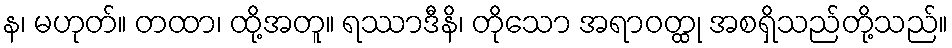
န၊ မဟုတ်။ တထာ၊ ထို့အတူ။ ရဿာဒီနိ၊ တိုသော အရာဝတ္ထု အစရှိသည်တို့သည်။